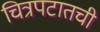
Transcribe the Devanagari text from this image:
चित्रपटातची